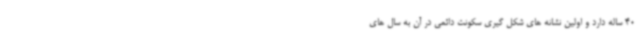
40 ساله دارد و اولین نشانه های شکل گیری سکونت دائمی در آن به سال های